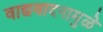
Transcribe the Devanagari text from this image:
वाद्यवादनामुळे